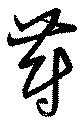
蔚